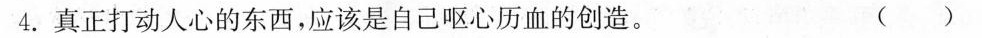
4.真正打动人心的东西，应该是自己呕心历血的创造。 ( )